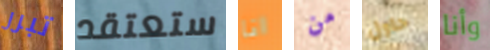
تبرر ستعتقد انا من حاول وأنا